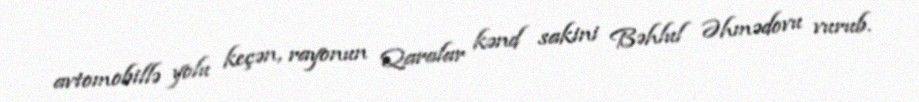
avtomobillə yolu keçən, rayonun Qaralar kənd sakini Bəhlul Əhmədovu vurub.